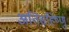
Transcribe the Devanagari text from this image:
अतिसहिष्णु